system: You are a helpful assistant.
user:
Analyze the provided spectrum to determine if it is a **"Cataclysmic Variables (CV)"**.

- **Key Indicators for CV (Check for either state):**
    - **State 1: Quiescent / Low-State (Emission-Dominated)**
        - **(Primary):** Strong and *very broad* Hydrogen Balmer emission lines (e.g., $H\alpha$ at 6563 Å, $H\beta$ at 4861 Å). The 'broadness' (high velocity dispersion, often FWHM > 1000 km/s) is the key diagnostic, indicating a high-velocity accretion disk.
        - **(Secondary):** Broad neutral Helium (He I) emission lines (e.g., 5876 Å, 6678 Å).
        - **(Key Confirmation):** Presence of high-excitation *ionized* Helium (He II) emission at 4686 Å. This is a strong indicator of accretion onto a white dwarf.
        - **(Line Profile):** Emission lines may exhibit a 'double-peaked' profile, which is a classic signature of a rotating accretion disk viewed at high inclination.

    - **State 2: Outburst / High-State (Absorption-Dominated)**
        - **(Primary):** Spectrum is dominated by a bright, blue continuum (looks like a hot star).
        - **(Secondary):** The emission lines from State 1 are weak, absent, or 'filled in', and are replaced by broad, shallow *absorption* lines (primarily Balmer and He I).
        - **(Morphology):** The overall spectrum mimics a hot B/A-type star. The crucial difference is that the absorption lines are significantly broader, shallower, and more 'washed-out' (or 'smeared') than the sharp lines of a normal stellar photosphere, due to high rotational speeds and pressure broadening in the disk.

Think first, call **spectral_visualization_tool** if needed to examine features in detail, then provide your final answer. Your response must adhere to the following strict rules:
1.  **Overall Structure:** Your response must follow the format `<think>...</think> <tool_call>...</tool_call> (if a tool is used) <answer>...</answer>`.
2.  **Tool Usage Constraint:** You may only make **one** tool call per turn.
3.  **Final Answer Format:** In the `<answer>` tag, your conclusion must be inside a `\boxed{}` command (e.g., `\boxed{YES}`), followed by your justification.

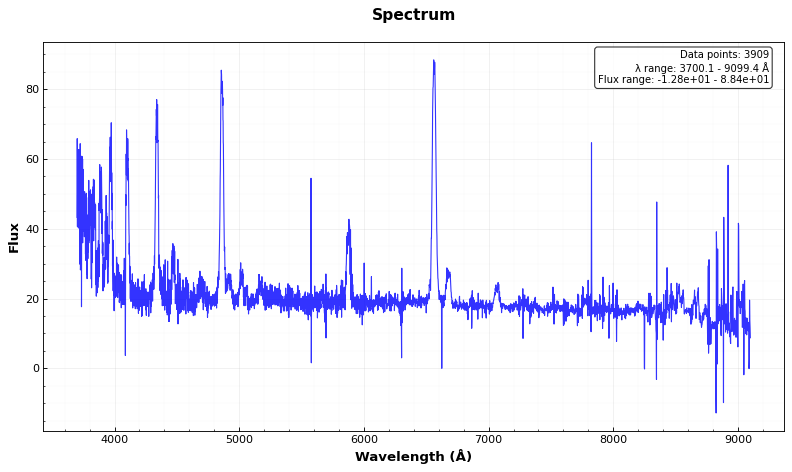
Answer: YES